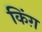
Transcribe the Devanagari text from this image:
किंग़